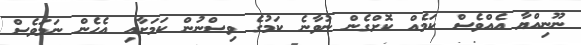
ނޫނިއްޔާ އެއްވެސް ކަމެއް ކޮށްގެން ނުވާނެ ކަމުގެ ވިސްނުން ކަމަށާއި އެހެން ނަމަވެސް